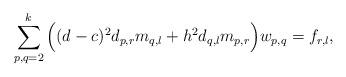
LaTeX: \begin{align*} \sum_{p,q=2}^{k}\Big((d-c)^2d_{p,r}m_{q,l} +h^2d_{q,l}m_{p,r}\Big)w_{p,q}=f_{r,l},\end{align*}